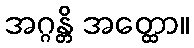
အဂ္ဂန္တိ အတ္ထော။